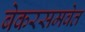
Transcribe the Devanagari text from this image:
बेकरसमवेत